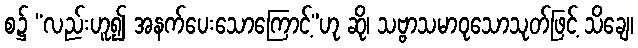
စ၌ “လည်းဟူ၍ အနက်ပေးသောကြောင့်”ဟု ဆို၊ သဗ္ဗာသမာဝုသောသုတ်ဖြင့် သိချေ၊